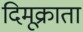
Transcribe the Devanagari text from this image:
दिमूक्राता